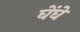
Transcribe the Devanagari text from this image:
घेंघे